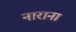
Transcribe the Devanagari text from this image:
नाराना